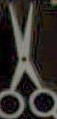
.